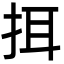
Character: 挕